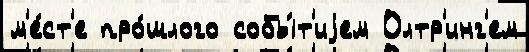
м'е́ст'е про́шлого собы́т'иjем Олтр'инг'ем